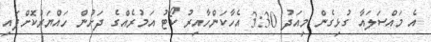
އެ މައްސަލައާ ގުޅިގެން މިއަދު 3:30 އެހާކަންހާއިރު ކޯޓު އަމުރެއްގެ ދަށުން ހައްޔަރުކޮށްފައި